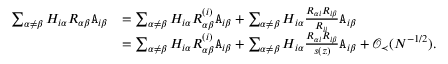
\begin{array} { r l } { \sum _ { \alpha \neq \beta } H _ { i \alpha } R _ { \alpha \beta } { \texttt A } _ { i \beta } } & { = \sum _ { \alpha \neq \beta } H _ { i \alpha } R _ { \alpha \beta } ^ { ( i ) } { \texttt A } _ { i \beta } + \sum _ { \alpha \neq \beta } H _ { i \alpha } \frac { R _ { \alpha i } R _ { i \beta } } { R _ { i i } } { \texttt A } _ { i \beta } } \\ & { = \sum _ { \alpha \neq \beta } H _ { i \alpha } R _ { \alpha \beta } ^ { ( i ) } { \texttt A } _ { i \beta } + \sum _ { \alpha \neq \beta } H _ { i \alpha } \frac { R _ { \alpha i } R _ { i \beta } } { s ( z ) } { \texttt A } _ { i \beta } + { \mathcal O } _ { \prec } ( N ^ { - 1 / 2 } ) . } \end{array}